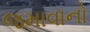
જમાવાનો